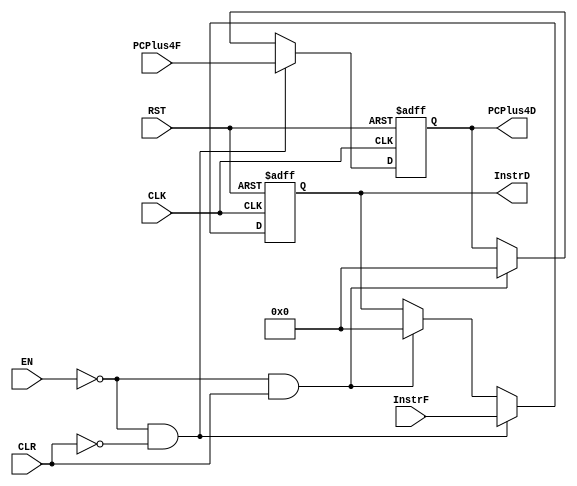
module Fetch_to_Decode_Register #(
parameter Instr_width = 32 ,
          PCPlus4_width = 32
) (
input wire                                CLK,
input wire                                RST,
input wire                                CLR,
input wire                                EN,
input wire      [Instr_width-1:0]         InstrF,
input wire      [PCPlus4_width-1:0]       PCPlus4F,

output reg      [Instr_width-1:0]         InstrD,
output reg      [PCPlus4_width-1:0]       PCPlus4D
);

always @(posedge CLK or negedge RST) begin
   if (!RST) begin
    InstrD <= 'b0;
    PCPlus4D <= 'b0;
   end else if (!EN && !CLR) begin
    InstrD <= InstrF;
    PCPlus4D <= PCPlus4F;
   end else if (!EN && CLR) begin
    InstrD <= 'b0;
    PCPlus4D <= 'b0;
   end
end

endmodule